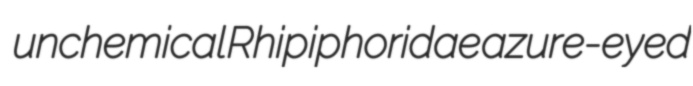
unchemical Rhipiphoridae azure-eyed